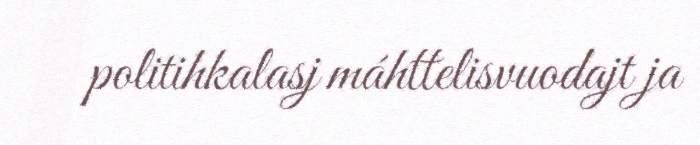
politihkalasj máhttelisvuodajt ja